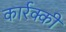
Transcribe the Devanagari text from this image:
कार्रक्की